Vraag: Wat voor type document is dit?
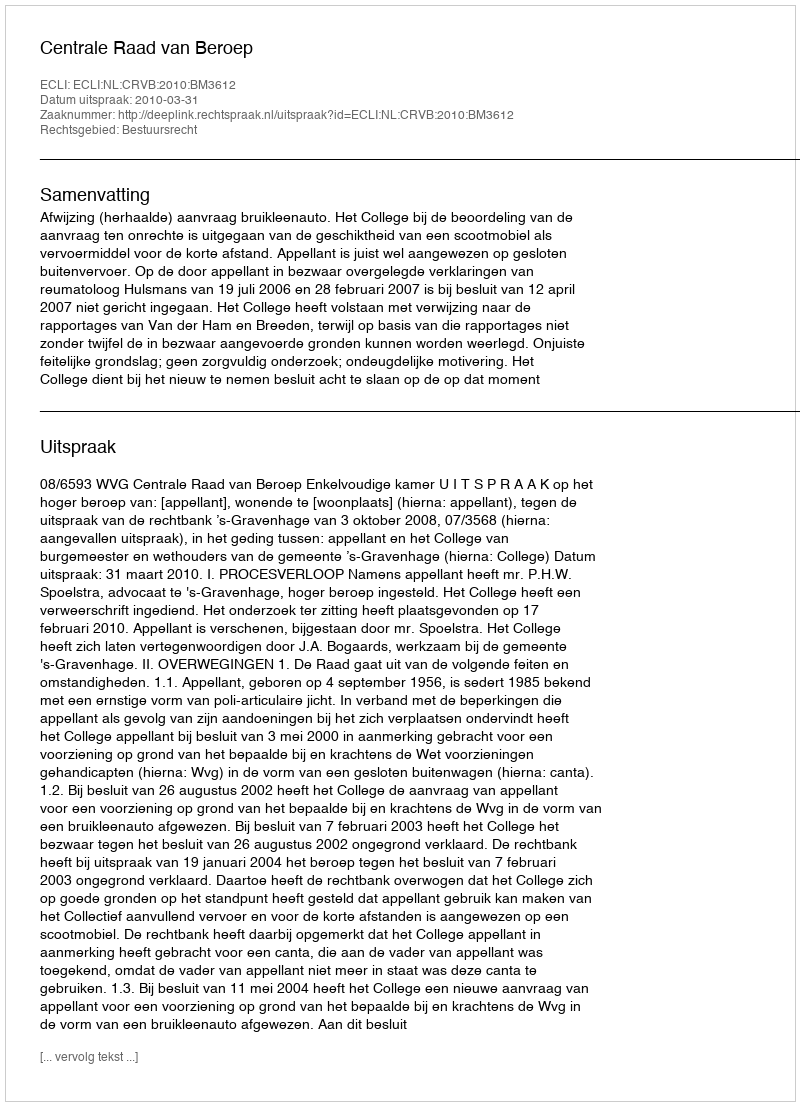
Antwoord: Uitspraak